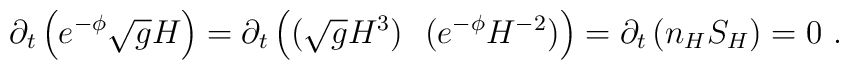
\partial_t \left(e^{-\phi} \sqrt{g} H \right) =\partial_t \left((\sqrt{g} H^3)~~( e^{-\phi} H^{-2}) \right) = \partial_t \left( n_H S_H \right) = 0~.